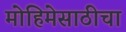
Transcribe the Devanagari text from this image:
मोहिमेसाठीचा